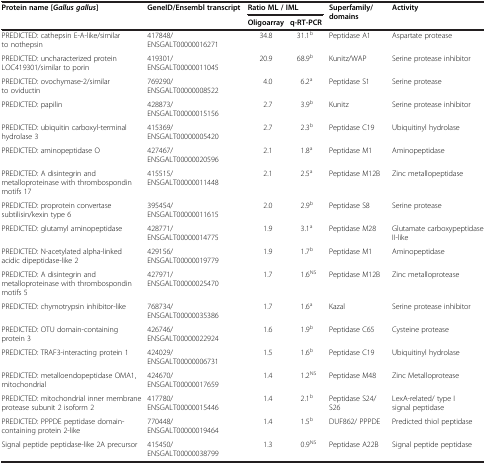
<table><thead><tr><td><b>Protein name [<i>Gallus gallus</i>]</b></td><td><b>GeneID/Ensembl transcript</b></td><td colspan="2"><b>Ratio ML / IML</b></td><td><b>Superfamily/domains</b></td><td><b>Activity</b></td></tr><tr><td><b> </b></td><td><b> </b></td><td><b>Oligoarray</b></td><td><b>q-RT-PCR</b></td><td><b> </b></td><td><b> </b></td></tr></thead><tbody><tr><td>PREDICTED: cathepsin E-A-like/similar to nothepsin</td><td>417848/ ENSGALT00000016271</td><td>34.8</td><td>31.1<sup>b</sup></td><td>Peptidase A1</td><td>Aspartate protease</td></tr><tr><td>PREDICTED: uncharacterized protein LOC419301/similar to porin</td><td>419301/ ENSGALT00000011045</td><td>20.9</td><td>68.9<sup>b</sup></td><td>Kunitz/WAP</td><td>Serine protease inhibitor</td></tr><tr><td>PREDICTED: ovochymase-2/similar to oviductin</td><td>769290/ ENSGALT00000008522</td><td>4.0</td><td>6.2<sup>a</sup></td><td>Peptidase S1</td><td>Serine protease</td></tr><tr><td>PREDICTED: papilin</td><td>428873/ ENSGALT00000015156</td><td>2.7</td><td>3.9<sup>b</sup></td><td>Kunitz</td><td>Serine protease inhibitor</td></tr><tr><td>PREDICTED: ubiquitin carboxyl-terminal hydrolase 3</td><td>415369/ ENSGALT00000005420</td><td>2.7</td><td>2.3<sup>b</sup></td><td>Peptidase C19</td><td>Ubiquitinyl hydrolase</td></tr><tr><td>PREDICTED: aminopeptidase O</td><td>427467/ ENSGALT00000020596</td><td>2.1</td><td>1.8<sup>a</sup></td><td>Peptidase M1</td><td>Aminopeptidase</td></tr><tr><td>PREDICTED: A disintegrin and metalloproteinase with thrombospondin motifs 17</td><td>415515/ ENSGALT00000011448</td><td>2.1</td><td>2.5<sup>a</sup></td><td>Peptidase M12B</td><td>Zinc metallopeptidase</td></tr><tr><td>PREDICTED: proprotein convertase subtilisin/kexin type 6</td><td>395454/ ENSGALT00000011615</td><td>2.0</td><td>2.9<sup>b</sup></td><td>Peptidase S8</td><td>Serine protease</td></tr><tr><td>PREDICTED: glutamyl aminopeptidase</td><td>428771/ ENSGALT00000014775</td><td>1.9</td><td>3.1<sup>a</sup></td><td>Peptidase M28</td><td>Glutamate carboxypeptidase II-like</td></tr><tr><td>PREDICTED: N-acetylated alpha-linked acidic dipeptidase-like 2</td><td>429156/ENSGALT00000019779</td><td>1.9</td><td>1.7<sup>b</sup></td><td>Peptidase M1</td><td>Aminopeptidase</td></tr><tr><td>PREDICTED: A disintegrin and metalloproteinase with thrombospondin motifs 5</td><td>427971/ ENSGALT00000025470</td><td>1.7</td><td>1.6<sup>NS</sup></td><td>Peptidase M12B</td><td>Zinc metalloprotease</td></tr><tr><td>PREDICTED: chymotrypsin inhibitor-like</td><td>768734/ ENSGALT00000035386</td><td>1.7</td><td>1.6<sup>a</sup></td><td>Kazal</td><td>Serine protease inhibitor</td></tr><tr><td>PREDICTED: OTU domain-containing protein 3</td><td>426746/ ENSGALT00000022924</td><td>1.6</td><td>1.9<sup>b</sup></td><td>Peptidase C65</td><td>Cysteine protease</td></tr><tr><td>PREDICTED: TRAF3-interacting protein 1</td><td>424029/ ENSGALT00000006731</td><td>1.5</td><td>1.6<sup>b</sup></td><td>Peptidase C19</td><td>Ubiquitinyl hydrolase</td></tr><tr><td>PREDICTED: metalloendopeptidase OMA1, mitochondrial</td><td>424670/ENSGALT00000017659</td><td>1.4</td><td>1.2<sup>NS</sup></td><td>Peptidase M48</td><td>Zinc Metalloprotease</td></tr><tr><td>PREDICTED: mitochondrial inner membrane protease subunit 2 isoform 2</td><td>417780/ ENSGALT00000015446</td><td>1.4</td><td>2.1<sup>b</sup></td><td>Peptidase S24/S26</td><td>LexA-related/ type I signal peptidase</td></tr><tr><td>PREDICTED: PPPDE peptidase domain- containing protein 2-like</td><td>770448/ ENSGALT00000019464</td><td>1.4</td><td>1.5<sup>b</sup></td><td>DUF862/ PPPDE</td><td>Predicted thiol peptidase</td></tr><tr><td>Signal peptide peptidase-like 2A precursor</td><td>415450/ ENSGALT00000038799</td><td>1.3</td><td>0.9<sup>NS</sup></td><td>Peptidase A22B</td><td>Signal peptide peptidase</td></tr></tbody></table>